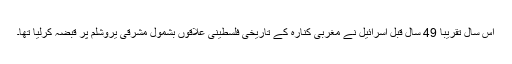
اس سال تقریباً 49 سال قبل اسرائیل نے مغربی کنارہ کے تاریخی فلسطینی علاقوں بشمول مشرقی یروشلم پر قبضہ کرلیا تھا۔